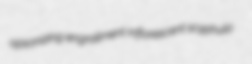
opsonizing engrailment inflorescent scyphula